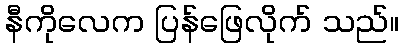
နီကိုလေက ပြန်ဖြေလိုက် သည်။